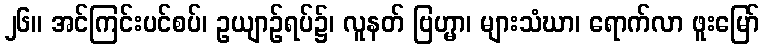
၂၆။ အင်ကြင်းပင်စပ်၊ ဥယျာဉ်ရပ်၌၊ လူနတ် ဗြဟ္မာ၊ များသံဃာ၊ ရောက်လာ ဖူးမြော်